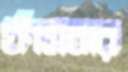
ফাঁসবার